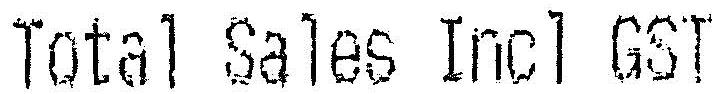
TOTAL SALES INCL GST